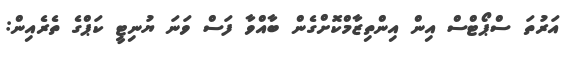
އަރުތަ ސްޕޯޓްސް އިން އިންތިޒާމްކޮށްގެން ބާއްވާ ފަސް ވަނަ ޔުނިޓީ ކަޕްގެ ތެރެއިން: